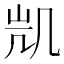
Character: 𭂲